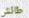
طائش